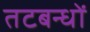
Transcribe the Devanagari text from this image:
तटबन्धों